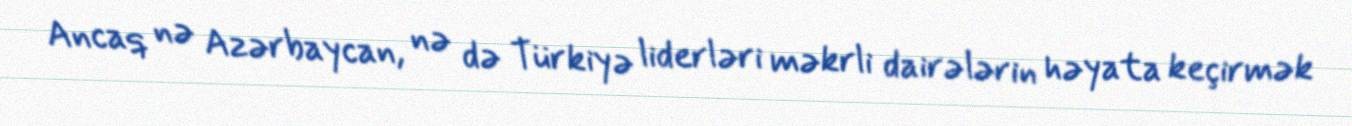
Ancaq nə Azərbaycan, nə də Türkiyə liderləri məkrli dairələrin həyata keçirmək